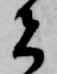
者